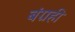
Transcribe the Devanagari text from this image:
बंग्रही